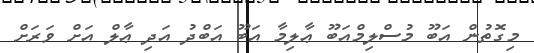
މިގޮތުން އަބޫ މުސްލިމްއަބޫ ޢާލިމާ އަބޫ އަބްދު އަދި ޢާލް އަށް ވަރަށް